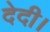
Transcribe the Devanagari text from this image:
देदी।